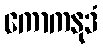
ကောကနုဒံ